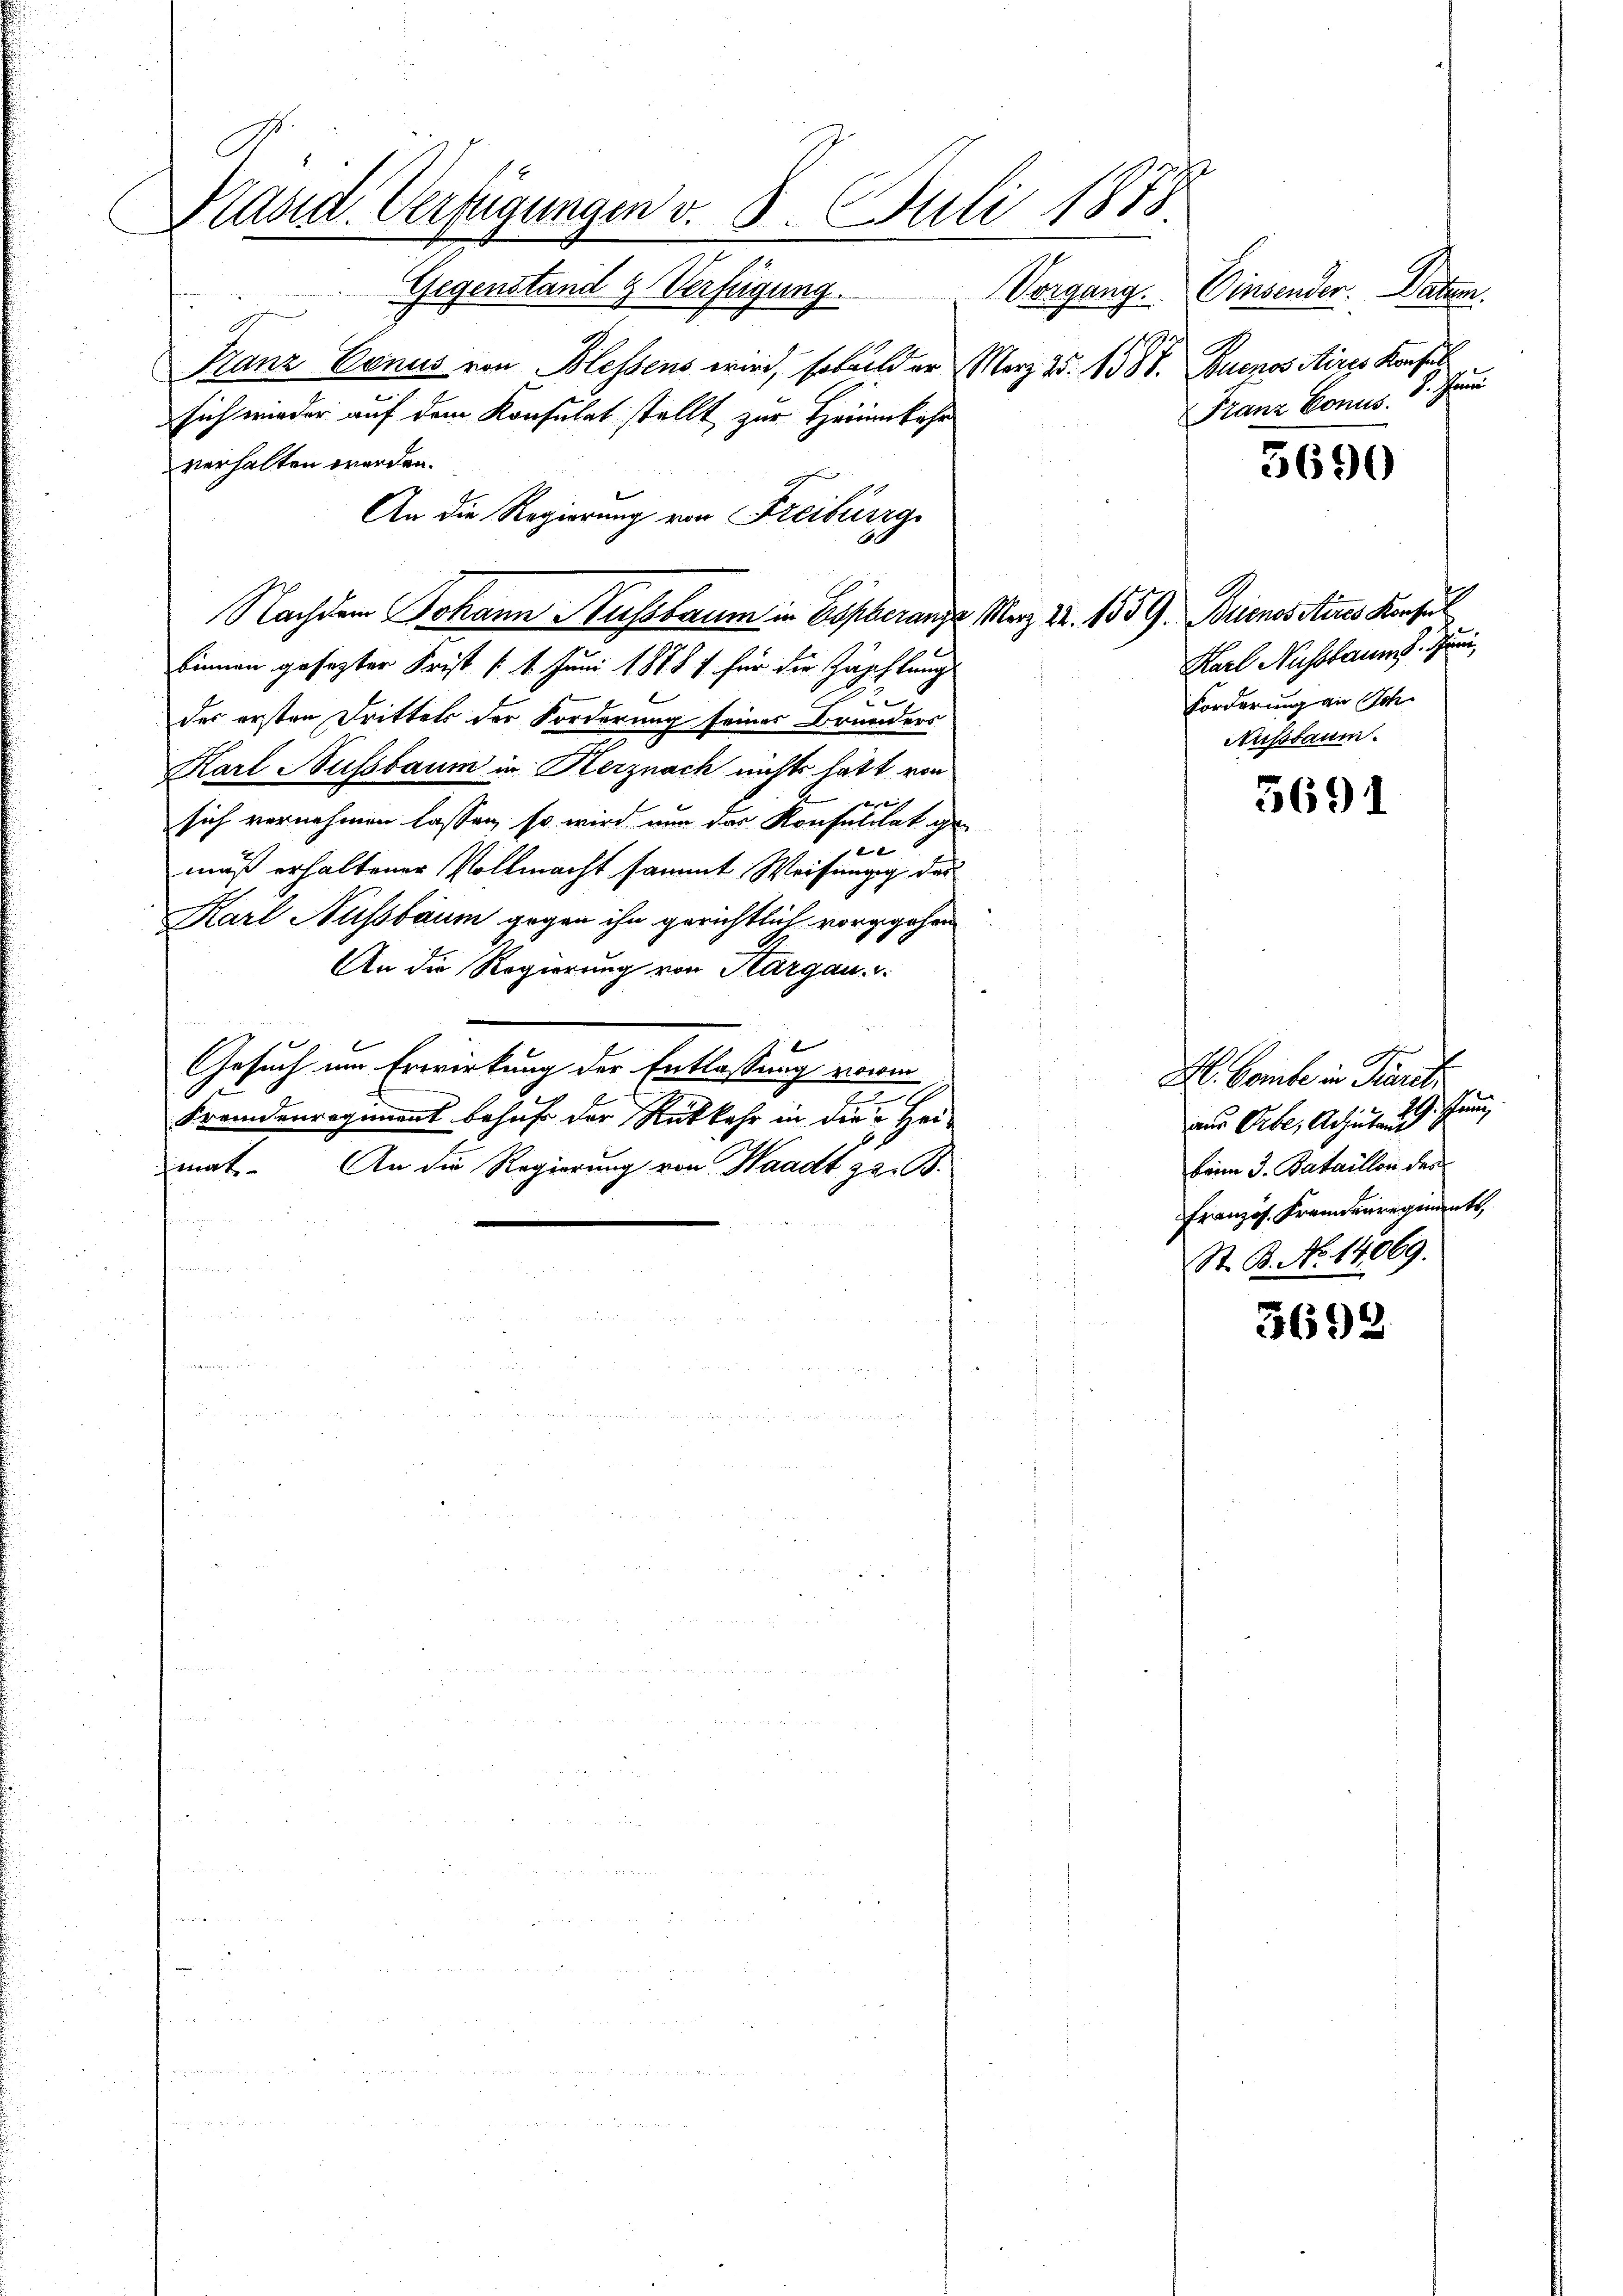
Käsid. Verfügungen v. 8. Juli 1873.

Gegenstand g Verfügung. Vorgang.
Franz Venus von Blessens wird, sobald er März 25. 1581. Buenos Aires Konsul
sich wieder auf dem Konsulat stellt, zur Heimkehr
verhalten werden.
An die Regierung von Freiburg
Nachdem Johann Kussbaum in Göpberanze März 22. 1859. Brinos Aires Konsul
binnen gesezter Frist ( 1. Juni 1878 f für die Zuschlungs
der ersten Drittels der Forderung seines Brunders
Karl Nussbaum in Herznach nichts hatt von
x
sich vornehmen lassen, so wird nun das Konsalität ge-
et
mäß erhaltener Vollmacht sammt Weisung des
Karl Nussbaum gegen ihn gerichtlich vorgehen
An die Regierung von Aargau.
Gesuch um Erwirkung der Entlassung vorm
.
e
Fremdenregiment behufs der Rückkehr in die Hei-
h
An die Regierung von Waadt z. B.
mat
d

Einsender. Daten.
sohann
Franz Bonus.

5690

Karl Nussbaum d. Juni,
Forderung an Sch.
Arssbaum.

3691

H. Bombe in Terrat
bung
aus Orbe. Achiutand
beim 3. Bataillon des
Französ. Fremdenregments
St. B. No 14069.

3692.